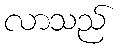
လာသည်